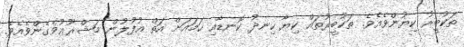
ތަކުބީރު ކިޔުންވެއެވެ. ތަކުބީރުތައް ކިޔާ ހިނދު ކޮނޑާއި ހަމައަށް އަތް އުފުލުން މަޝްޜޫޢުވެގެންވެއެވެ.